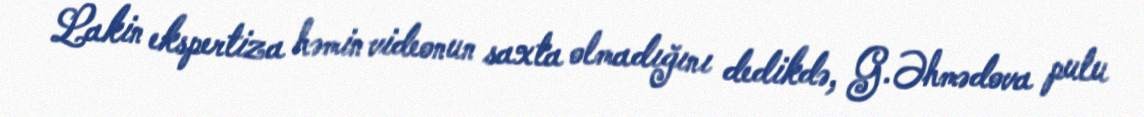
Lakin ekspertiza həmin videonun saxta olmadığını dedikdə, G.Əhmədova pulu